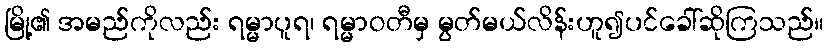
မြို့၏ အမည်ကိုလည်း ရမ္မာပူရ၊ ရမ္မာဝတီမှ မွတ်မယ်လိန်းဟူ၍ပင်ခေါ်ဆိုကြသည်။